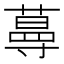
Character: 𱾟